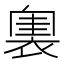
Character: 𧛲